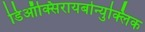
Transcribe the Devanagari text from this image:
डिऑक्सिरायबोन्युक्लिक